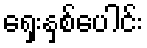
ရှေးနှစ်ပေါင်း